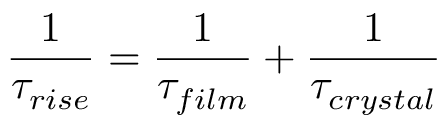
\frac { 1 } { \tau _ { r i s e } } = \frac { 1 } { \tau _ { f i l m } } + \frac { 1 } { \tau _ { c r y s t a l } }